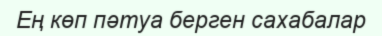
Ең көп пәтуа берген сахабалар